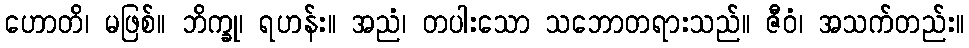
ဟောတိ၊ မဖြစ်။ ဘိက္ခု၊ ရဟန်း။ အညံ၊ တပါးသော သဘောတရားသည်။ ဇီဝံ၊ အသက်တည်း။